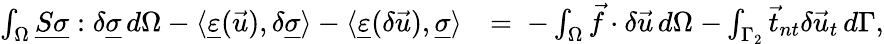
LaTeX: \begin{array}{rl}{\int_{\Omega}\underline{{S}}\underline{{\sigma}}:\delta\underline{{\sigma}}\, d\Omega-\langle\underline{{\varepsilon}}(\vec{u}),\delta\underline{{\sigma}}\rangle-\langle\underline{{\varepsilon}}(\delta\vec{u}),\underline{{\sigma}}\rangle}&{=\ {-}\int_{\Omega}\vec{f}\cdot\delta\vec{u}\, d\Omega\ {-}\int_{\Gamma_{2}}\vec{t}_{nt}\delta\vec{u}_{t}\, d\Gamma,}\end{array}